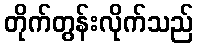
တိုက်တွန်းလိုက်သည်